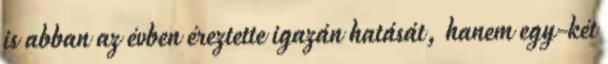
is abban az évben éreztette igazán hatását, hanem egy-két